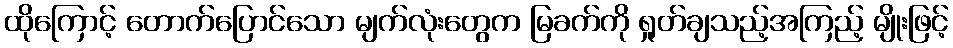
ထိုကြောင့် တောက်ပြောင်သော မျက်လုံးတွေက မြခက်ကို ရှုတ်ချသည့်အကြည့် မျိုးဖြင့်